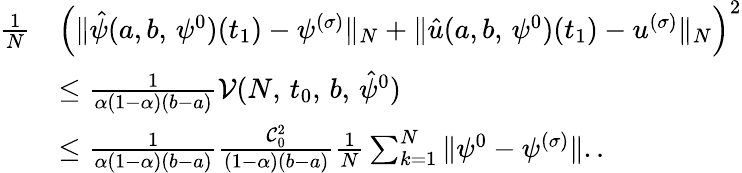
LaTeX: \begin{array}{rl}{\frac{1}{N}}&{\left(\| \hat{\psi}(a,b,\, \psi^{0})(t_{1})-\psi^{(\sigma)}\| _{N}+\| \hat{u}(a,b,\, \psi^{0})(t_{1})-u^{(\sigma)}\| _{N}\right)^{2}}\\ &{\leq\frac{1}{\alpha(1-\alpha)(b-a)}\mathcal V(N,\, t_{0},\, b,\, \hat{\psi}^{0})}\\ &{\leq\frac{1}{\alpha(1-\alpha)(b-a)}\frac{\mathcal C_{0}^{2}}{(1-\alpha)(b-a)}\frac{1}{N}\sum_{k=1}^{N}\| \psi^{0}-\psi^{(\sigma)}\| ..}\end{array}